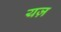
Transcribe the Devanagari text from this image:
यज़